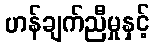
ဟန်ချက်ညီမှုနှင့်